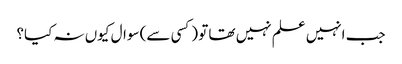
جب انہیں علم نہیں تھا تو (کسی سے) سوال کیوں نہ کیا؟